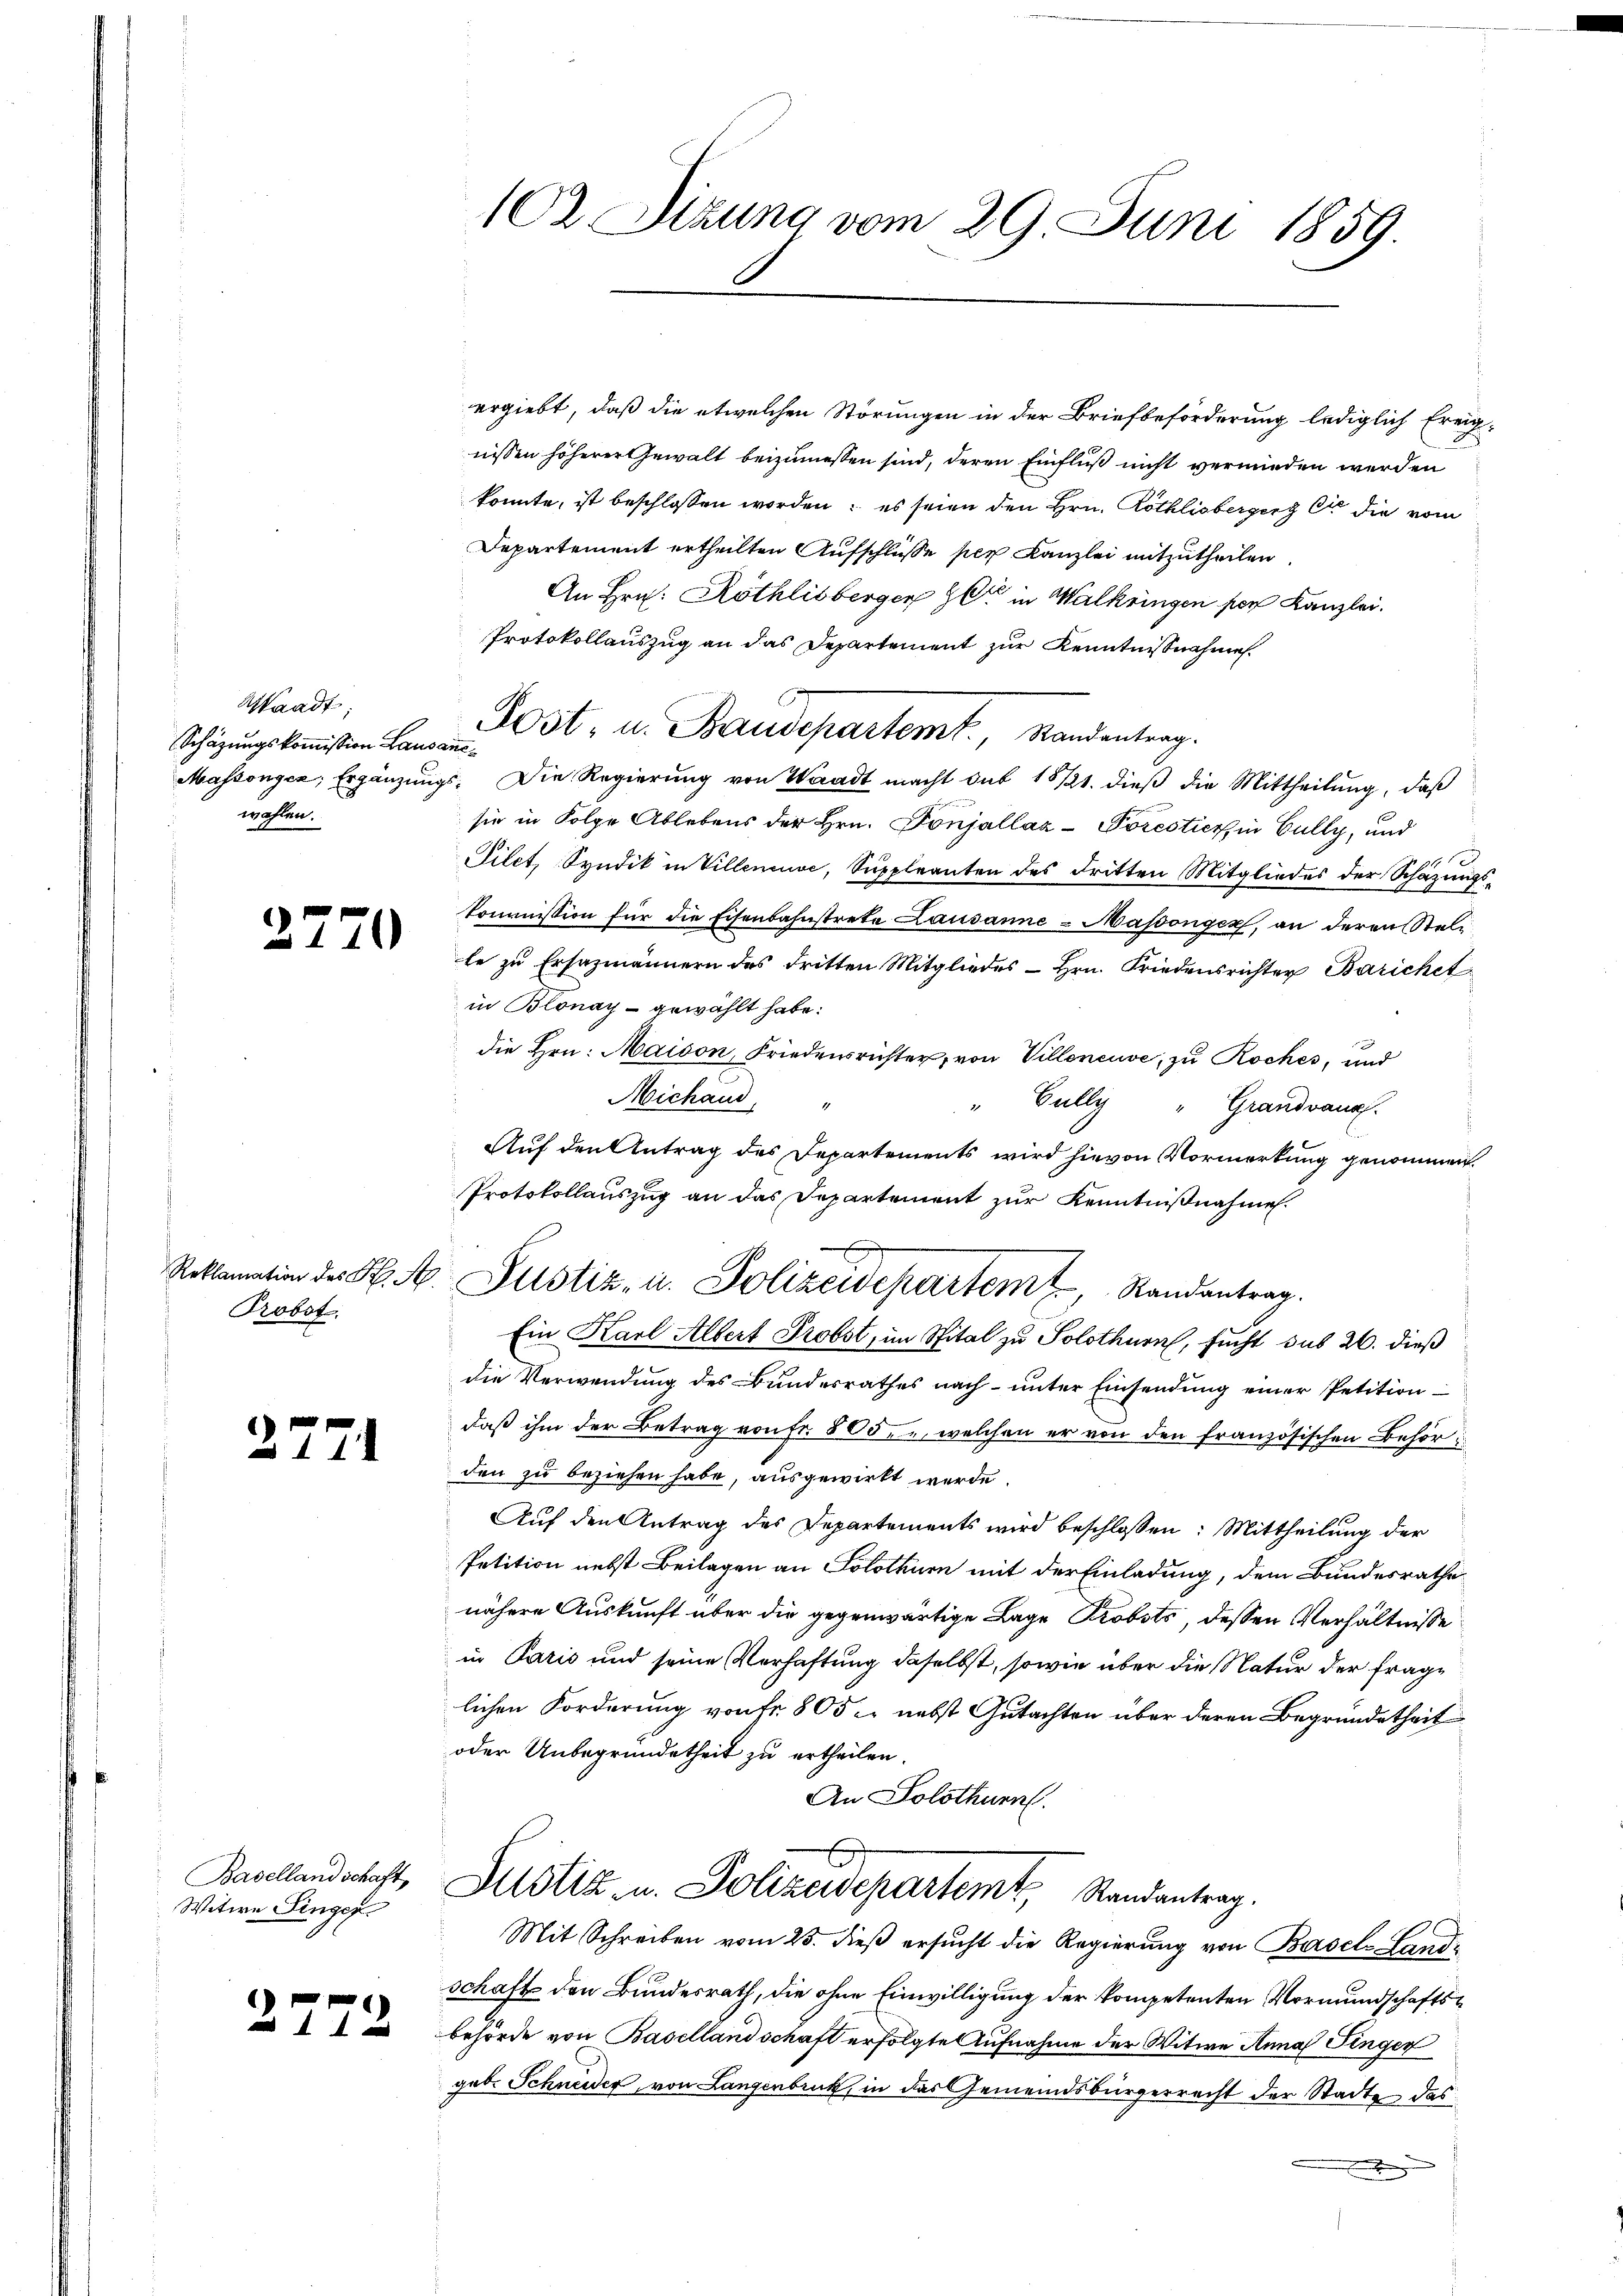
Waadt;
Schäzungskommission Lausannewahlen.

2770

Probst.

2771

Basellandschaft,
Witwe Finger

2772

ergiebt, daß die etwelchen Störungen in der Briefbeförderung lediglich freignissen höherer Gewalt beizumessen sind, deren Einfluß nicht vermieden werden
konnte, ist beschlossen worden; es seien den Hrn. Röthlisberger et die vom
Departement ertheilten Aufschlüsse per Kanzlei mitzutheilen
An Hrn. Röthlisberger C in Walkringen por Kanzlei.
Protokollauszug an das Departement zur Kenntnißnahme.
Post, u. Baudepartemt, Randentrag.
Massongcn, Ergänzŭngs. Die Regierŭng von Waadt macht sub 1811. dieβ die Mittheilŭng, daβ
sie in Folge Ablebens der Hrn. Vonjalláz-Porestier, in Gully, und
Filet, Syndik in Villeneuve, Suppleanten des dritten Mitgliedes der Schazungskommission für die Eisenbahnstrete Lausanne - Massonger, an deren Steli
le zu Ersazmännern des dritten Mitgliedes Hrn. Friedensrichter Barichet
in Blonay - gewählt habe.
die Hrn. Maison, Friedensrichter, von Villeneuve, zu Rockes, und
Michaud,
" Cully " Grandvaux.
Auf den Antrag des Departements wird hievon Vormerkung genommen.
Protokollauszug an das Departement zur Kenntnißnahme.
Ein Karl Albert Probst, im Spital zu Solothurn, sucht das 26. dieß
die Verwendung des Bundesrathes nach unter Einsendung einer Petition
daß ihm der Betrag von Fr. 805, welchen er von den französischen Behörden zu beziehen habe, ausgewirkt werde.
Auf den Antrag des Departements wird beschlossen: Mittheilung der
Petition nebst Beilagen an Solothurn mit der Einladung, dem Bundesrathe
nähere Auskunft über die gegenwärtige Lage Probsts, dessen Verhältnisse
in Paris und seine Verhaftung daselbst, sowie über die Natur der fraglichen Forderung von fr. 805 u. nebst Gutachten über deren Begründetheit
oder Unbegründetheit zu ertheilen.
An Solothurn.
Justiz u. Polizeidepartemt, Randantrag.
Mit Schreiben vom 25. dieß ersucht die Regierung von Basels Landschaft den Bundesrath, die ohne Einwilligung der kompetenten Vormundschaftsbehörde von Basellandschaft erfolgte Aufnahme der Witwe Annas Finger
geb. Schneider, von Langenbruck, in das Gemeindsbürgerrecht der Stadte das
e

102. Sizung vom 29 Juni 1859.

Reklamation der K. A. Pustiz- u. Polizeidepartem Randantrag.